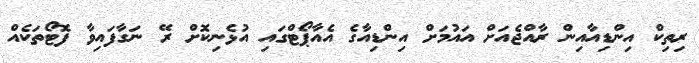
ރިތިކް އިންޑިއާއިން ރާއްޖެއަށް އައުމަށް އިންޑިއާގެ އެއާޕޯޓްގައި އުޅެނިކޮށް ރޭ ނަގާފައިވާ ފޮޓޯތަކެއް